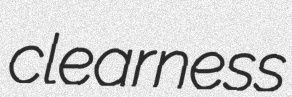
clearness